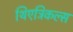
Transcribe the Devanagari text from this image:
थिएट्रिकल्स